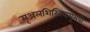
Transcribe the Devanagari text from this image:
मृञ्जलशिखिवायुमयो